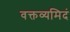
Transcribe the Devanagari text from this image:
वक्तव्यमिदं